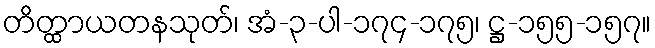
တိတ္ထာယတနသုတ်၊ အံ-၃-ပါ-၁၇၄-၁၇၅၊ ဋ္ဌ-၁၅၅-၁၅၇။